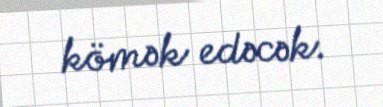
kömək edəcək.